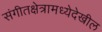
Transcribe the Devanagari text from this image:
संगीतक्षेत्रामध्येदेखील